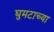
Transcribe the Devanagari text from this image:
घुमटाच्या